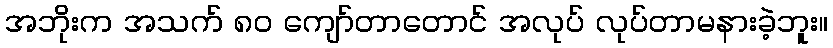
အဘိုးက အသက် ၈၀ ကျော်တာတောင် အလုပ် လုပ်တာမနားခဲ့ဘူး။